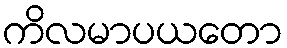
ကိလမာပယတော